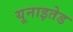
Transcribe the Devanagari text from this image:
यूनाइतेड